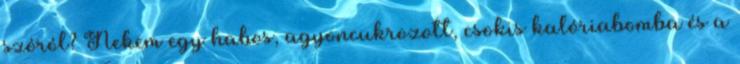
szóról? Nekem egy habos, agyoncukrozott, csokis kalóriabomba és a